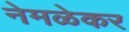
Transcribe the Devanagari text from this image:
नेमळेकर